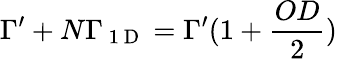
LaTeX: \Gamma^{\prime}+N\Gamma_{\mathrm{~1~D~}}=\Gamma^{\prime}(1+\frac{OD}{2})